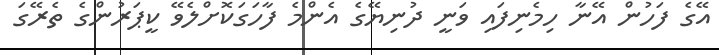
އޭގެ ފަހުން އޭނާ ހިމެނިފައި ވަނީ ދުނިޔޭގެ އެންމެ ފާހަގަކޮށްލެވޭ ކީޕަރުންގެ ތެރޭގަ